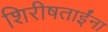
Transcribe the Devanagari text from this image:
शिरीषताईंना